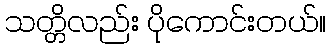
သတ္တိလည်း ပိုကောင်းတယ်။